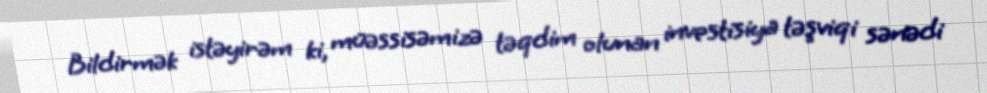
Bildirmək istəyirəm ki, müəssisəmizə təqdim olunan investisiya təşviqi sənədi